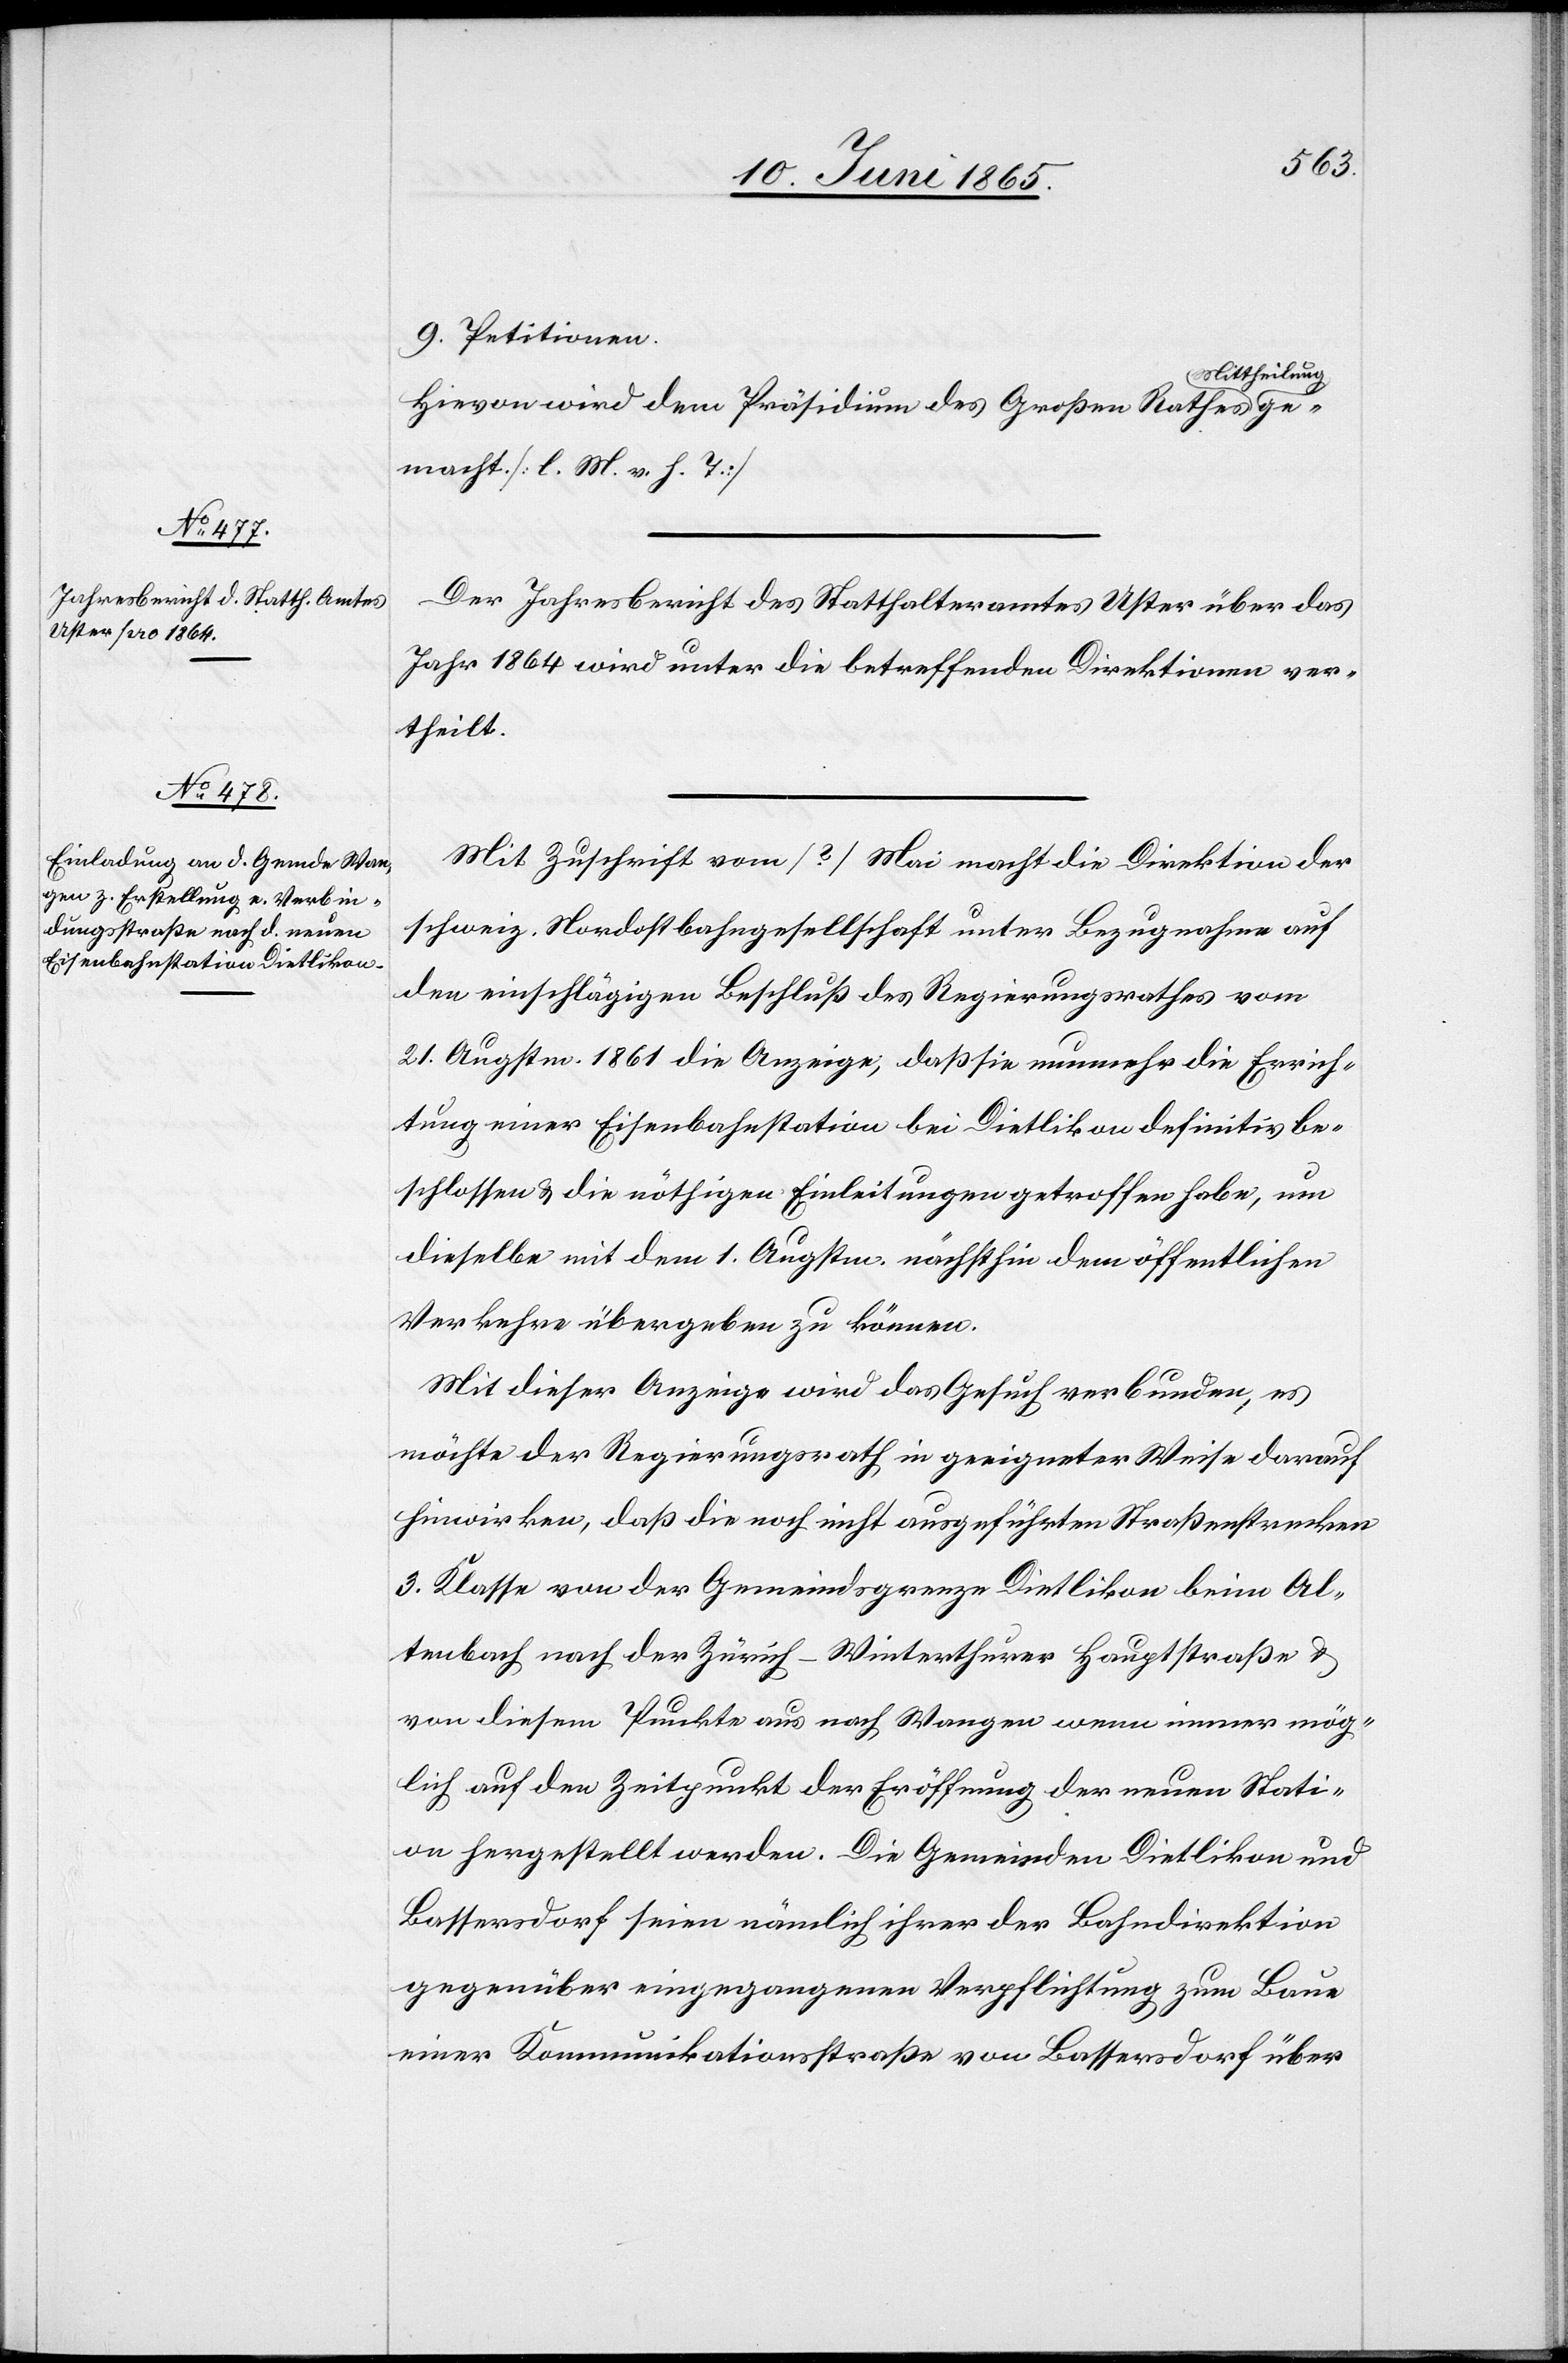
9. Petitionen.
ittheilung
Hievon wird dem Präsidium des Großen Rathes M¬
gemacht. [l. M. v. h. T.]
Der Jahresbericht des Statthalteramtes Uster über das
Jahr 1864 wird unter die betreffenden Direktionen ver¬
theilt.
Mit Zuschrift vom [?] Mai macht die Direktion der
schweiz. Nordostbahngesellschaft unter Bezugnahme auf
den einschlägigen Beschluß des Regierungsrathes vom
21. Augstm. 1861 die Anzeige, daß sie nunmehr die Errich¬
tung einer Eisenbahnstation bei Dietlikon definitiv be¬
schlossen & die nöthigen Einleitungen getroffen habe, um
dieselbe mit dem 1. Augstm. nächsthin dem öffentlichen
Verkehre übergeben zu können.
Mit dieser Anzeige wird das Gesuch verbunden, es
möchte der Regierungsrath in geeigneter Weise darauf
hinwirken, daß die noch nicht ausgeführten Straßenstrecken
3. Klasse von der Gemeindsgrenze Dietlikon beim Al¬
tenbach nach der Zürich-Winterthurer Hauptstraße &
von diesem Punkte aus nach Wangen wenn immer mög¬
lich auf den Zeitpunkt der Eröffnung der neuen Stati¬
on hergestellt werden. Die Gemeinden Dietlikon und
Bassersdorf seien nämlich ihrer der Bahndirektion
gegenüber eingegangenen Verpflichtung zum Baue
einer Kommunikationsstraße von Bassersdorf über